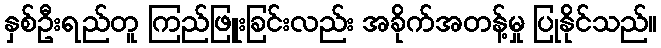
နှစ်ဦးရည်တူ ကြည်ဖြူးခြင်းလည်း အခိုက်အတန့်မှု ပြုနိုင်သည်။